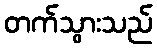
တက်သွားသည်